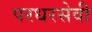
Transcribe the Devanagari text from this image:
परधरसेवी